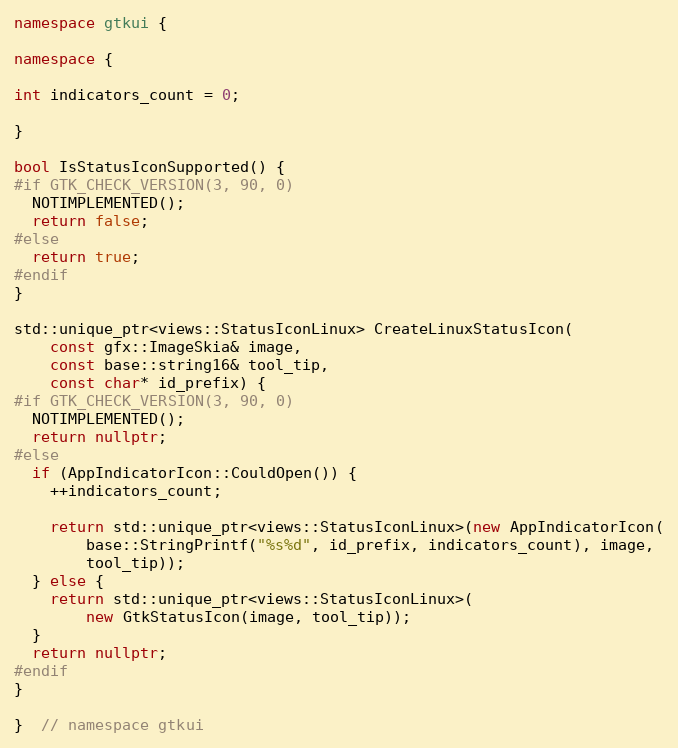
Language: C++
namespace gtkui {

namespace {

int indicators_count = 0;

}

bool IsStatusIconSupported() {
#if GTK_CHECK_VERSION(3, 90, 0)
  NOTIMPLEMENTED();
  return false;
#else
  return true;
#endif
}

std::unique_ptr<views::StatusIconLinux> CreateLinuxStatusIcon(
    const gfx::ImageSkia& image,
    const base::string16& tool_tip,
    const char* id_prefix) {
#if GTK_CHECK_VERSION(3, 90, 0)
  NOTIMPLEMENTED();
  return nullptr;
#else
  if (AppIndicatorIcon::CouldOpen()) {
    ++indicators_count;

    return std::unique_ptr<views::StatusIconLinux>(new AppIndicatorIcon(
        base::StringPrintf("%s%d", id_prefix, indicators_count), image,
        tool_tip));
  } else {
    return std::unique_ptr<views::StatusIconLinux>(
        new GtkStatusIcon(image, tool_tip));
  }
  return nullptr;
#endif
}

}  // namespace gtkui